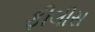
ફીલીસ